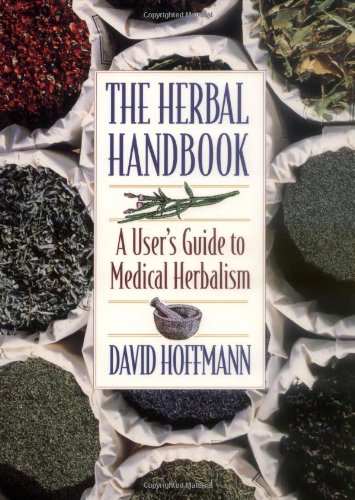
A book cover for The Herbal Handbook: A User's Guide to Medical Herbalism; David Hoffmann; Health, Fitness & Dieting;